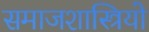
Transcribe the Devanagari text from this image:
समाजशास्त्रियो